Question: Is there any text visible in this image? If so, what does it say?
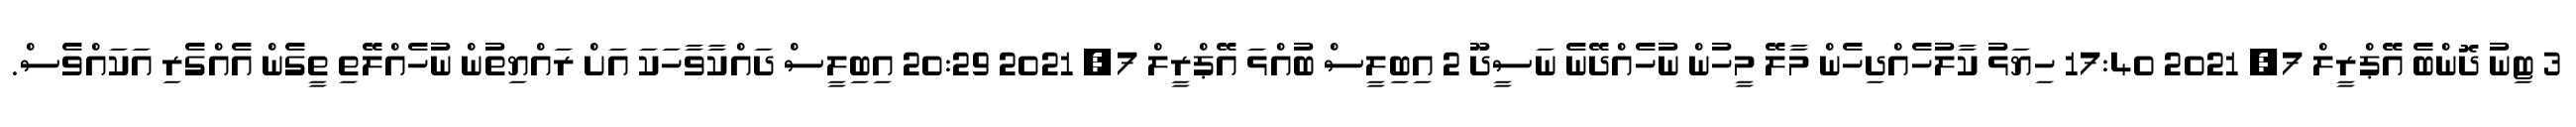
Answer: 3 ޓިނު ދޮންބެ އޭޕްރީލް 7, 2021 17:40 ހިޔަޅު ކާލުހެއްދިހެން މާލޭ މީހުން ނުހެއްދޭނެ ނަސީދޫ 2 އިބިލީސް ބުއްޅަ އޭޕްރީލް 7, 2021 20:29 އިބިލީސް ދައްކާވާހަކަ އަށް ރައްޔިތުން ނުހެއްލޭތި ތީގެން އެއްގެރި އަކައްވެސް.